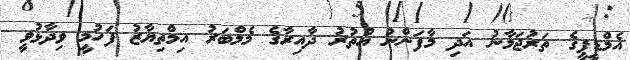
އެމްޑީޕީގެ ތަރުޖަމާނު އަދި މާފަންނު އުތުރު ދާއިރާގެ މެމްބަރު އިމްތިޔާޒު ފަހުމީ ވިދާޅުވީ